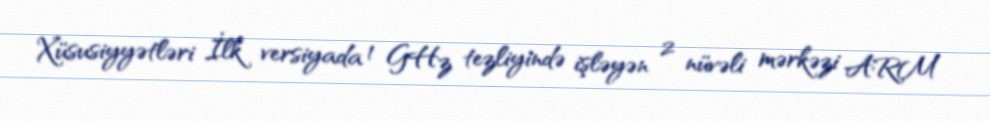
Xüsusiyyətləri İlk versiyada 1 GHz tezliyində işləyən 2 nüvəli mərkəzi ARM